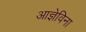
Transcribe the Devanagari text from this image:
आज्ञेविना